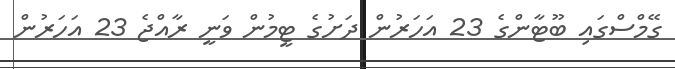
ގޭމްސްގައި ބޫޓާންގެ 23 އަހަރުން ދަށުގެ ޓީމުން ވަނީ ރާއްޖެ 23 އަހަރުން